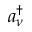
a _ { \nu } ^ { \dagger }